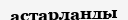
астарланды